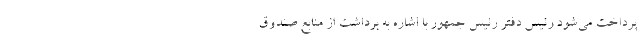
پرداخت می‌شود رئیس دفتر رئیس جمهور با اشاره به برداشت از منابع صندوق